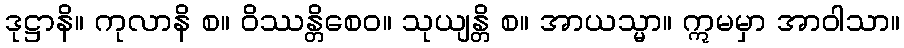
ဒုဋ္ဌာနိ။ ကုလာနိ စ။ ဝိဿန္တိစေဝ။ သုယျန္တိ စ။ အာယသ္မာ။ ဣမမှာ အာဝါသာ။